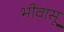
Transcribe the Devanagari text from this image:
भीवासू